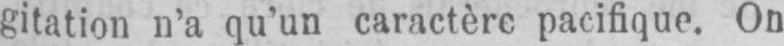
gitation n’a qu’un caractère pacifique. On